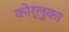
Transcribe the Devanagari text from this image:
कोर्लुका